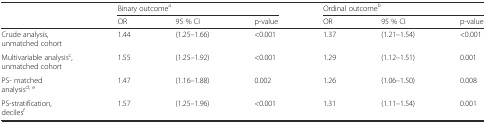
<table><thead><tr><td></td><td colspan="3"><b>Binary outcome<sup>a</sup></b></td><td colspan="3"><b>Ordinal outcome<sup>b</sup></b></td></tr><tr><td></td><td><b>OR</b></td><td><b>95 % CI</b></td><td><b>p-value</b></td><td><b>OR</b></td><td><b>95 % CI</b></td><td><b>p-value</b></td></tr></thead><tbody><tr><td>Crude analysis, unmatched cohort</td><td>1.44</td><td>(1.25–1.66)</td><td>&lt;0.001</td><td>1.37</td><td>(1.21–1.54)</td><td>&lt;0.001</td></tr><tr><td>Multivariable analysis<sup>c</sup>, unmatched cohort</td><td>1.55</td><td>(1.25–1.92)</td><td>&lt;0.001</td><td>1.29</td><td>(1.12–1.51)</td><td>0.001</td></tr><tr><td>PS- matched analysis<sup>d, e</sup></td><td>1.47</td><td>(1.16–1.88)</td><td>0.002</td><td>1.26</td><td>(1.06–1.50)</td><td>0.008</td></tr><tr><td>PS-stratification, deciles<sup>f</sup></td><td>1.57</td><td>(1.25–1.96)</td><td>&lt;0.001</td><td>1.31</td><td>(1.11–1.54)</td><td>0.001</td></tr></tbody></table>